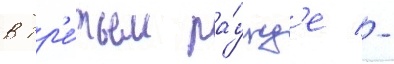
в тр'е́тьем ра́унд'е -